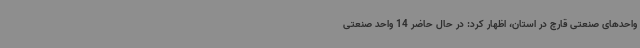
واحدهای صنعتی قارچ در استان، اظهار کرد: در حال حاضر 14 واحد صنعتی